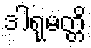
ဒါရုမတ္တိ